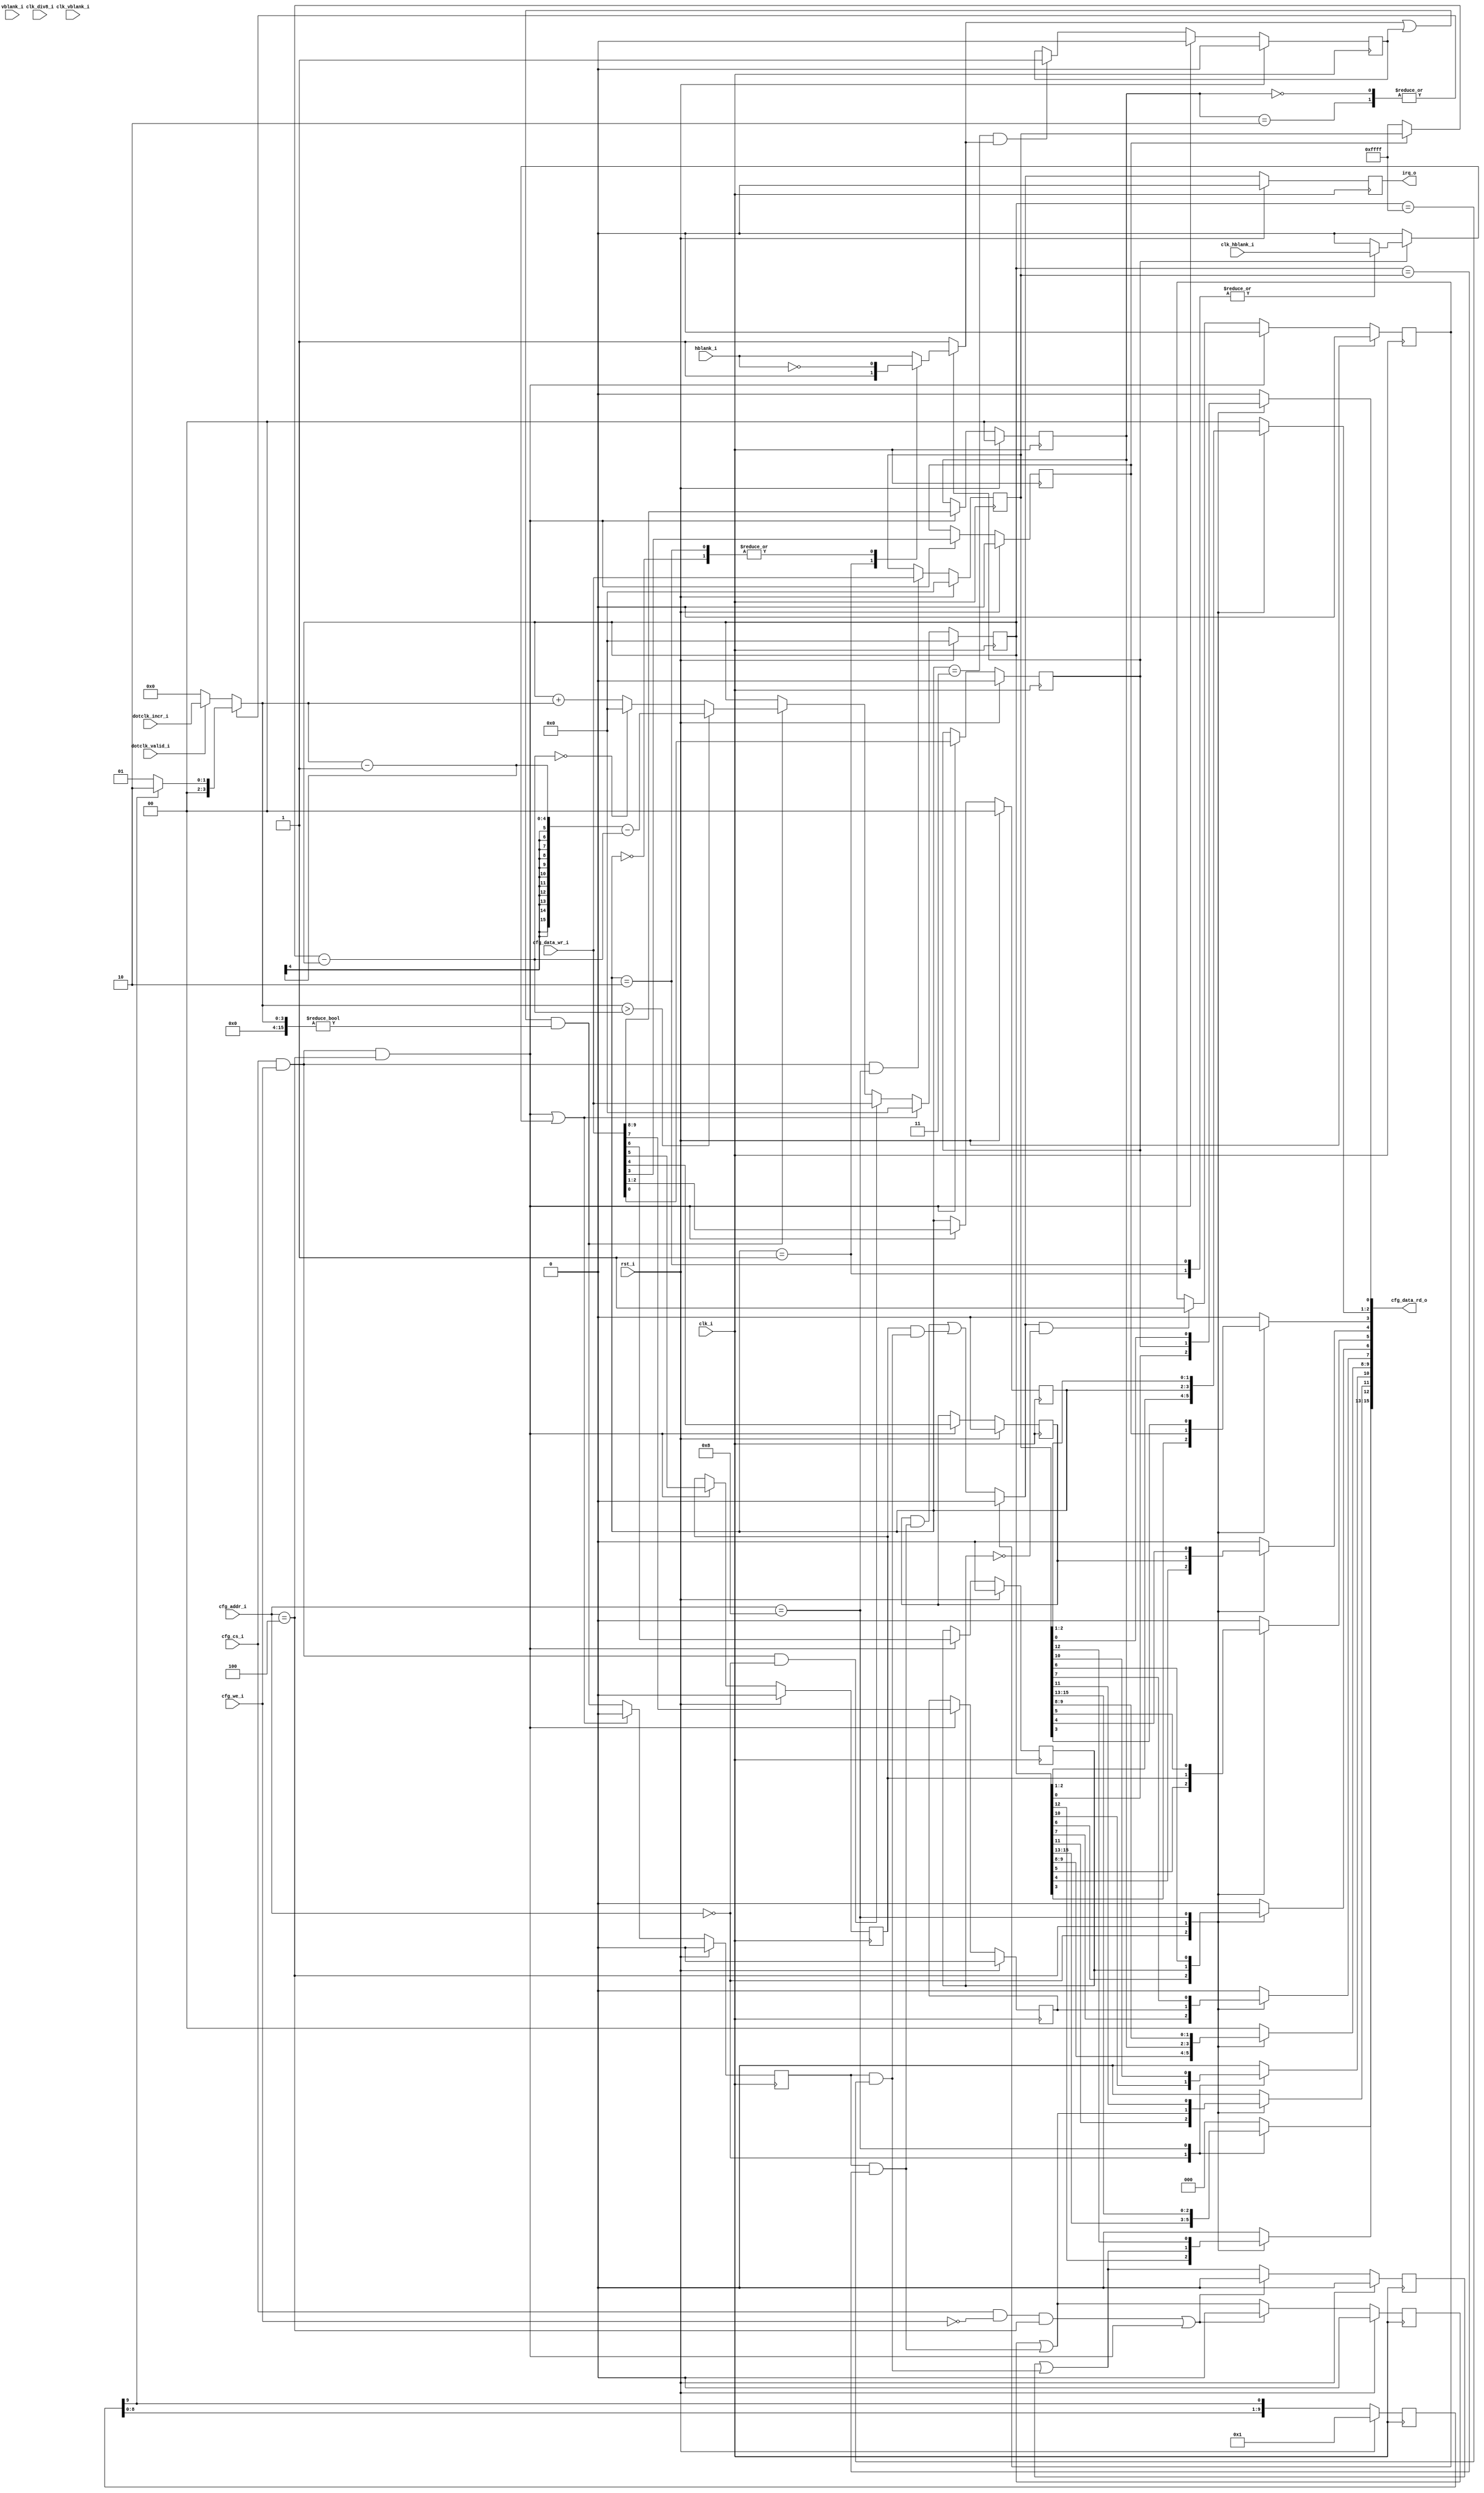
module timer_unit
//-----------------------------------------------------------------
// Params
//-----------------------------------------------------------------
#(
     parameter TYPE = 0
)
//-----------------------------------------------------------------
// Ports
//-----------------------------------------------------------------
(
     input           clk_i
    ,input           rst_i

    // Dotclock (synchronous to clk_i)
    ,input           dotclk_valid_i
    ,input  [3:0]    dotclk_incr_i

    ,input           clk_div8_i
    ,input           clk_hblank_i
    ,input           clk_vblank_i
    ,input           hblank_i
    ,input           vblank_i

    // CPU access
    ,input           cfg_cs_i
    ,input           cfg_we_i
    ,input   [3:0]   cfg_addr_i
    ,input   [15:0]  cfg_data_wr_i
    ,output  [15:0]  cfg_data_rd_o
    ,output          irq_o
);

//-----------------------------------------------------------------
// 1F801104h+N*10h - Timer 0..2 Counter Mode (R/W)
//-----------------------------------------------------------------
/*
  0     Synchronization Enable (0=Free Run, 1=Synchronize via Bit1-2)
  1-2   Synchronization Mode   (0-3, see lists below)
         Synchronization Modes for Counter 0:
           0 = Pause counter during Hblank(s)
           1 = Reset counter to 0000h at Hblank(s)
           2 = Reset counter to 0000h at Hblank(s) and pause outside of Hblank
           3 = Pause until Hblank occurs once, then switch to Free Run
         Synchronization Modes for Counter 1:
           Same as above, but using Vblank instead of Hblank
         Synchronization Modes for Counter 2:
           0 or 3 = Stop counter at current value (forever, no h/v-blank start)
           1 or 2 = Free Run (same as when Synchronization Disabled)
  3     Reset counter to 0000h  (0=After Counter=FFFFh, 1=After Counter=Target)
  4     IRQ when Counter=Target (0=Disable, 1=Enable)
  5     IRQ when Counter=FFFFh  (0=Disable, 1=Enable)
  6     IRQ Once/Repeat Mode    (0=One-shot, 1=Repeatedly)
  7     IRQ Pulse/Toggle Mode   (0=Short Bit10=0 Pulse, 1=Toggle Bit10 on/off)
  8-9   Clock Source (0-3, see list below)
         Counter 0:  0 or 2 = System Clock,  1 or 3 = Dotclock
         Counter 1:  0 or 2 = System Clock,  1 or 3 = Hblank
         Counter 2:  0 or 1 = System Clock,  2 or 3 = System Clock/8
  10    Interrupt Request       (0=Yes, 1=No) (Set after Writing)    (W=1) (R)
  11    Reached Target Value    (0=No, 1=Yes) (Reset after Reading)        (R)
  12    Reached FFFFh Value     (0=No, 1=Yes) (Reset after Reading)        (R)
*/

reg       cfg_sync_en_q;
reg [1:0] cfg_sync_mode_q;
reg       cfg_wrap_on_tgt_q;
reg       cfg_irq_on_tgt_q;
reg       cfg_irq_on_max_q;
reg       cfg_irq_repeat_q;
reg       cfg_irq_toggle_q;
reg [1:0] cfg_clk_source_q;

wire      reg_cfg_write_w = (cfg_cs_i && cfg_we_i  && cfg_addr_i == 4'h04);
wire      reg_cfg_read_w  = (cfg_cs_i && ~cfg_we_i && cfg_addr_i == 4'h04);

always @ (posedge clk_i )
if (rst_i)
begin
    cfg_sync_en_q     <= 1'b0;
    cfg_sync_mode_q   <= 2'b0;
    cfg_wrap_on_tgt_q <= 1'b0;
    cfg_irq_on_tgt_q  <= 1'b0;
    cfg_irq_on_max_q  <= 1'b0;
    cfg_irq_repeat_q  <= 1'b0;
    cfg_irq_toggle_q  <= 1'b0;
    cfg_clk_source_q  <= 2'b0;
end
else if (reg_cfg_write_w)
begin
    cfg_sync_en_q     <= cfg_data_wr_i[0];
    cfg_sync_mode_q   <= cfg_data_wr_i[2:1];
    cfg_wrap_on_tgt_q <= cfg_data_wr_i[3];
    cfg_irq_on_tgt_q  <= cfg_data_wr_i[4];
    cfg_irq_on_max_q  <= cfg_data_wr_i[5];
    cfg_irq_repeat_q  <= cfg_data_wr_i[6];
    cfg_irq_toggle_q  <= cfg_data_wr_i[7];
    cfg_clk_source_q  <= cfg_data_wr_i[9:8];
end

//-----------------------------------------------------------------
// 1F801108h+N*10h - Timer 0..2 Counter Target Value (R/W)
//-----------------------------------------------------------------
reg [15:0] target_q;

always @ (posedge clk_i )
if (rst_i)
    target_q <= 16'b0;
else if (cfg_cs_i && cfg_we_i && cfg_addr_i == 4'h08)
    target_q <= cfg_data_wr_i[15:0];

wire [15:0] wrap_point_w = cfg_wrap_on_tgt_q ? target_q : 16'hFFFF;

reg [9:0] hack_q;

always @ (posedge clk_i )
if (rst_i)
    hack_q <= 10'b0000000001;
else
    hack_q <= {hack_q[8:0], hack_q[9]};

//-----------------------------------------------------------------
// Clock source
//-----------------------------------------------------------------
reg [3:0] clk_incr_r;

always @ *
begin
    clk_incr_r = 4'b0;
    /*
     Counter 0:  0 or 2 = System Clock,  1 or 3 = Dotclock
     Counter 1:  0 or 2 = System Clock,  1 or 3 = Hblank
     Counter 2:  0 or 1 = System Clock,  2 or 3 = System Clock/8
     */

    case (TYPE)
    0:
    begin
        case (cfg_clk_source_q)
        2'd0, 2'd2: clk_incr_r = hack_q[9] ? 4'd2 : 4'd1;
        default:    clk_incr_r = dotclk_valid_i ? dotclk_incr_i : 4'd0;
        endcase
    end
    1:
    begin
        case (cfg_clk_source_q)
        2'd0, 2'd2: clk_incr_r = hack_q[9] ? 4'd2 : 4'd1;
        default:    clk_incr_r = clk_hblank_i ? 4'd1 : 4'd0;
        endcase
    end
    2:
    begin
        case (cfg_clk_source_q)
        2'd0, 2'd1: clk_incr_r = hack_q[9] ? 4'd2 : 4'd1;
        default:    clk_incr_r = clk_div8_i ? 4'd1 : 4'd0;
        endcase
    end
    endcase
end

wire [15:0] count_incr_w = {12'b0, clk_incr_r};

//-----------------------------------------------------------------
// Counter Enable/Reset
//-----------------------------------------------------------------
reg count_en_r;
reg count_rst_r;

always @ *
begin
    count_en_r  = 1'b1;
    count_rst_r = 1'b0;

    /*
         Synchronization Modes for Counter 0:
           0 = Pause counter during Hblank(s)
           1 = Reset counter to 0000h at Hblank(s)
           2 = Reset counter to 0000h at Hblank(s) and pause outside of Hblank
           3 = Pause until Hblank occurs once, then switch to Free Run
         Synchronization Modes for Counter 1:
           0 = Pause counter during Vblank(s)
           1 = Reset counter to 0000h at Vblank(s)
           2 = Reset counter to 0000h at Vblank(s) and pause outside of Vblank
           3 = Pause until Vblank occurs once, then switch to Free Run           
         Synchronization Modes for Counter 2:
           0 or 3 = Stop counter at current value (forever, no h/v-blank start)
           1 or 2 = Free Run (same as when Synchronization Disabled)
    */
    if (cfg_sync_en_q)
    begin
        case (TYPE)
        0:
        begin
            case (cfg_sync_mode_q)
            2'd0:
            begin
                count_en_r  = ~hblank_i;
            end
            2'd1:
            begin
                count_en_r  = 1'b1;
                count_rst_r = clk_hblank_i;
            end
            2'd2:
            begin
                count_en_r  = ~hblank_i;
                count_rst_r = clk_hblank_i;
            end
            default:
            begin
                // TODO: When do we actually start counting (begin or end of xblank..)
                count_en_r  = hblank_i;
            end
            endcase
        end
        1:
        begin
            case (cfg_sync_mode_q)
            2'd0:
            begin
                count_en_r  = ~vblank_i;
            end
            2'd1:
            begin
                count_en_r  = 1'b1;
                count_rst_r = clk_vblank_i;
            end
            2'd2:
            begin
                count_en_r  = ~vblank_i;
                count_rst_r = clk_vblank_i;
            end
            default:
            begin
                // TODO: When do we actually start counting (begin or end of xblank..)
                count_en_r  = vblank_i;
            end
            endcase
        end
        2:
        begin
            case (cfg_sync_mode_q)
            2'd1,
            2'd2:    count_en_r = 1'b1;
            default: count_en_r = 1'b0;
            endcase
        end
        endcase
    end
end

// Remembered triggered state
reg count_en_q;
always @ (posedge clk_i )
if (rst_i)
    count_en_q <= 1'b0;
else if (reg_cfg_write_w)
    count_en_q <= 1'b0;
// Pause until xblank occurs once, then switch to Free Run
else if (cfg_sync_mode_q == 2'd3 && count_en_r)
    count_en_q <= 1'b1;

wire count_en_w = count_en_r | count_en_q;

//-----------------------------------------------------------------
// 1F801100h+N*10h - Timer 0..2 Current Counter Value (R/W)
//-----------------------------------------------------------------
reg [15:0]  counter_q;
reg [15:0]  counter_r;

// Space before the wrap point (target or 0xFFFF)
wire [15:0] count_space_w = wrap_point_w - counter_q;

// Counter reset to 0 request
wire        count_reset_w = reg_cfg_write_w | count_rst_r;

wire        reg_count_write_w = (cfg_cs_i && cfg_we_i  && cfg_addr_i == 4'h00);

always @ *
begin
    counter_r = counter_q;

    if (count_reset_w)
        counter_r = 16'b0;
    else if (reg_count_write_w)
        counter_r = cfg_data_wr_i[15:0];
    else if (count_en_w && count_incr_w != 16'b0)
    begin
        // Counter wraps with excess
        if (count_incr_w > count_space_w)
            counter_r = count_incr_w - 16'd1 - count_space_w;
        else if (count_space_w == 16'b0)
            counter_r = 16'b0;
        // Straightforward increment
        else
            counter_r = counter_r + count_incr_w;
    end
end

always @ (posedge clk_i )
if (rst_i)
    counter_q <= 16'b0;
else
    counter_q <= counter_r;

//-----------------------------------------------------------------
// Status valid (was there a tick event)
//-----------------------------------------------------------------
reg status_ok_q;

always @ (posedge clk_i )
if (rst_i)
    status_ok_q <= 1'b0;
else if (count_reset_w)
    status_ok_q <= 1'b0;
else
    status_ok_q <= count_en_w && (count_incr_w != 16'b0);

//-----------------------------------------------------------------
// Status
//-----------------------------------------------------------------
wire hit_target_w = status_ok_q & (counter_q == target_q);
wire hit_ffff_w   = status_ok_q & (counter_q == 16'hFFFF);

reg sts_hit_tgt_q;
reg sts_hit_ffff_q;

always @ (posedge clk_i )
if (rst_i)
begin
    sts_hit_tgt_q  <= 1'b0;
    sts_hit_ffff_q <= 1'b0;
end
// Spec says reset on read - but write resets the counter so...
else if (reg_cfg_read_w || reg_cfg_write_w)
begin
    sts_hit_tgt_q  <= 1'b0;
    sts_hit_ffff_q <= 1'b0;
end
else
begin
    sts_hit_tgt_q  <= sts_hit_tgt_q  | hit_target_w;
    sts_hit_ffff_q <= sts_hit_ffff_q | hit_ffff_w;
end

//-----------------------------------------------------------------
// Read mux
//-----------------------------------------------------------------
reg [15:0] cfg_data_rd_r;

always @ *
begin
    cfg_data_rd_r = 16'b0;

    case (cfg_addr_i)
    // 1F801100h+N*10h - Timer 0..2 Current Counter Value
    4'h0:
    begin
        cfg_data_rd_r = counter_q;
    end
    // 1F801104h+N*10h - Timer 0..2 Counter Mode
    4'h4:
    begin
        cfg_data_rd_r[0]   = cfg_sync_en_q;
        cfg_data_rd_r[2:1] = cfg_sync_mode_q;
        cfg_data_rd_r[3]   = cfg_wrap_on_tgt_q;
        cfg_data_rd_r[4]   = cfg_irq_on_tgt_q;
        cfg_data_rd_r[5]   = cfg_irq_on_max_q;
        cfg_data_rd_r[6]   = cfg_irq_repeat_q;
        cfg_data_rd_r[7]   = cfg_irq_toggle_q;
        cfg_data_rd_r[9:8] = cfg_clk_source_q;
        // TODO: bit 10...
        cfg_data_rd_r[11]  = sts_hit_tgt_q  | hit_target_w;
        cfg_data_rd_r[12]  = sts_hit_ffff_q | hit_ffff_w;
    end
    // 1F801108h+N*10h - Timer 0..2 Counter Target Value
    4'h8:
    begin
        cfg_data_rd_r = target_q;
    end
    default: ;
    endcase
end

assign cfg_data_rd_o = cfg_data_rd_r;

//-----------------------------------------------------------------
// IRQ
//-----------------------------------------------------------------
reg irq_r;
reg irq_inhibit_q;

// Handle one shot mode interrupts
always @ (posedge clk_i )
if (rst_i)
    irq_inhibit_q <= 1'b0;
else if (reg_cfg_write_w)
    irq_inhibit_q <= 1'b0;
else if (irq_r && ~cfg_irq_repeat_q)
    irq_inhibit_q <= 1'b1;

always @ *
begin
    irq_r = 1'b0;

    if (!irq_inhibit_q)
    begin
        irq_r = (cfg_irq_on_tgt_q & hit_target_w) |
                (cfg_irq_on_max_q & hit_ffff_w);
    end
end

reg irq_q;

always @ (posedge clk_i )
if (rst_i)
    irq_q <= 1'b0;
else
    irq_q <= irq_r;

assign irq_o = irq_q;

//-----------------------------------------------------------------
// Checks
//-----------------------------------------------------------------
`ifdef verilator
always @ (posedge clk_i )
if (rst_i)
    ;
else
begin
    if (cfg_irq_toggle_q)
    begin
        $display("WARNING: IRQ toggle mode enabled but not implemented yet... (%m)");
        $finish;
    end
end
`endif

endmodule